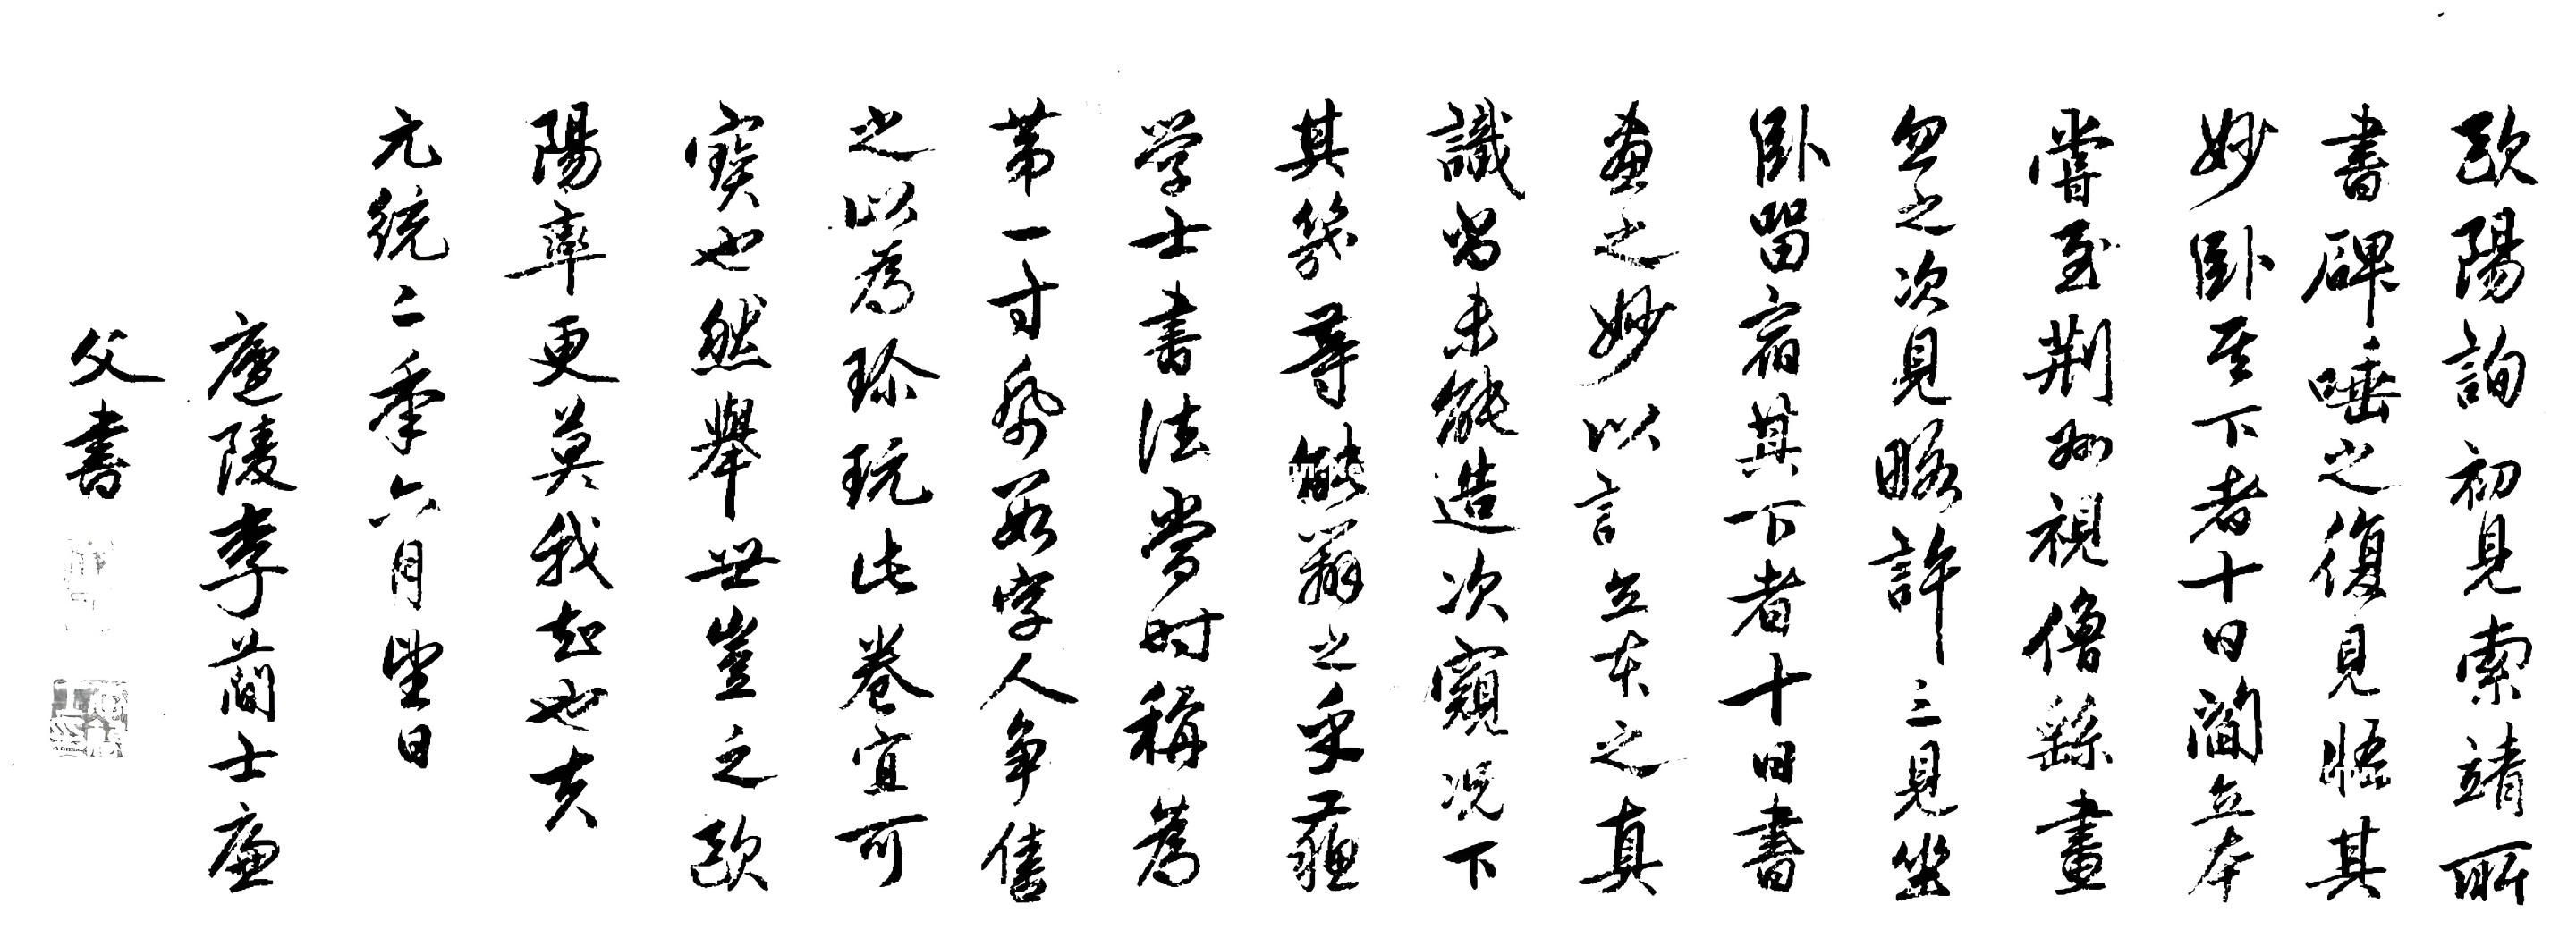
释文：欧阳询初见索靖所书碑，唾之。复见悟其妙，卧其下者十日。阎立本尝至荆州，视僧繇画，忽之。次见，略许。三见，坐卧宿其下者十日。书画之妙，以□立本之真识，尚未能造次。窥况下其几等能辨之乎？苏学士书法当时称为第一，寸纸数字，人争售之，以为珍玩。此卷宜可宝也。然举世岂之，欧阳率更莫我知也夫。元统二年六月望日，庐陵李简士廉父书。